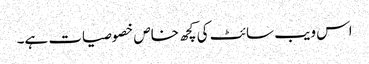
اس ویب سائٹ کی کچھ خاص خصوصیات ہے۔